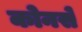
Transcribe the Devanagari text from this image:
कोनसे